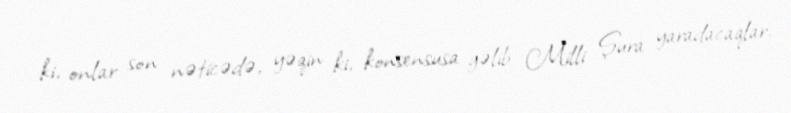
ki, onlar son nəticədə, yəqin ki, konsensusa gəlib Milli Şura yaradacaqlar.